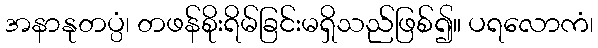
အနာနုတပ္ပံ၊ တဖန်စိုးရိမ်ခြင်းမရှိသည်ဖြစ်၍။ ပရလောကံ၊